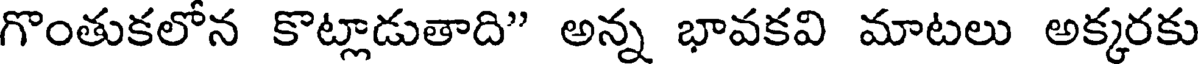
గొంతుకలోన కొట్లాడుతాది" అన్న భావకవి మాటలు అక్కరకు